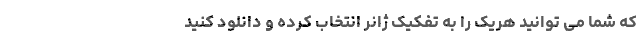
که شما می توانید هریک را به تفکیک ژانر انتخاب کرده و دانلود کنید